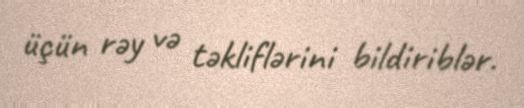
üçün rəy və təkliflərini bildiriblər.